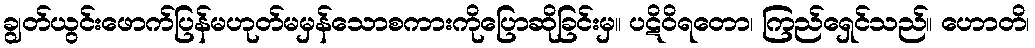
ချွတ်ယွင်းဖောက်ပြန်မဟုတ်မမှန်သောစကားကိုပြောဆိုခြင်းမှ။ ပဋိဝိရတော၊ ကြည်ရှေင်သည်။ ဟောတိ၊